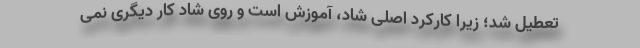
تعطیل شد؛ زیرا کارکرد اصلی شاد، آموزش است و روی شاد کار دیگری نمی